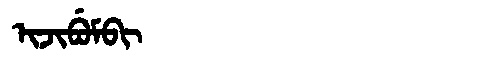
Manchu: ᡳᠵᡳᠪᡠᠮᠪᡳ
Romanization: IJIBUMBI